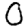
Digit: 0